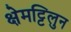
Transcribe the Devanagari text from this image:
क्षेमट्टिलुन